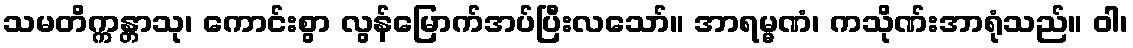
သမတိက္ကန္တာသု၊ ကောင်းစွာ လွန်မြောက်အပ်ပြီးလသော်။ အာရမ္မဏံ၊ ကသိုဏ်းအာရုံသည်။ ဝါ၊